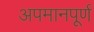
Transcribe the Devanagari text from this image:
अपमानपूर्ण